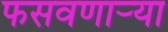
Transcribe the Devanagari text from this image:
फसवणार्‍या